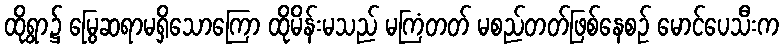
ထိုရွာ၌ မြွေဆရာမရှိသောကြော ထိုမိန်းမသည် မကြံတတ် မစည်တတ်ဖြစ်နေစဉ် မောင်ပေသီးက